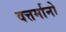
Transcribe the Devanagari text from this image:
वत्तर्मानो